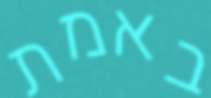
באמת